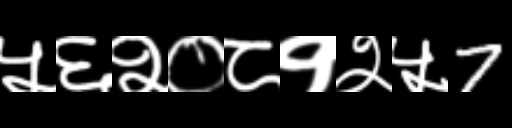
Text: ५६२०८१२५7